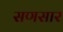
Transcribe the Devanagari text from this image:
सणसार